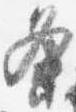
条